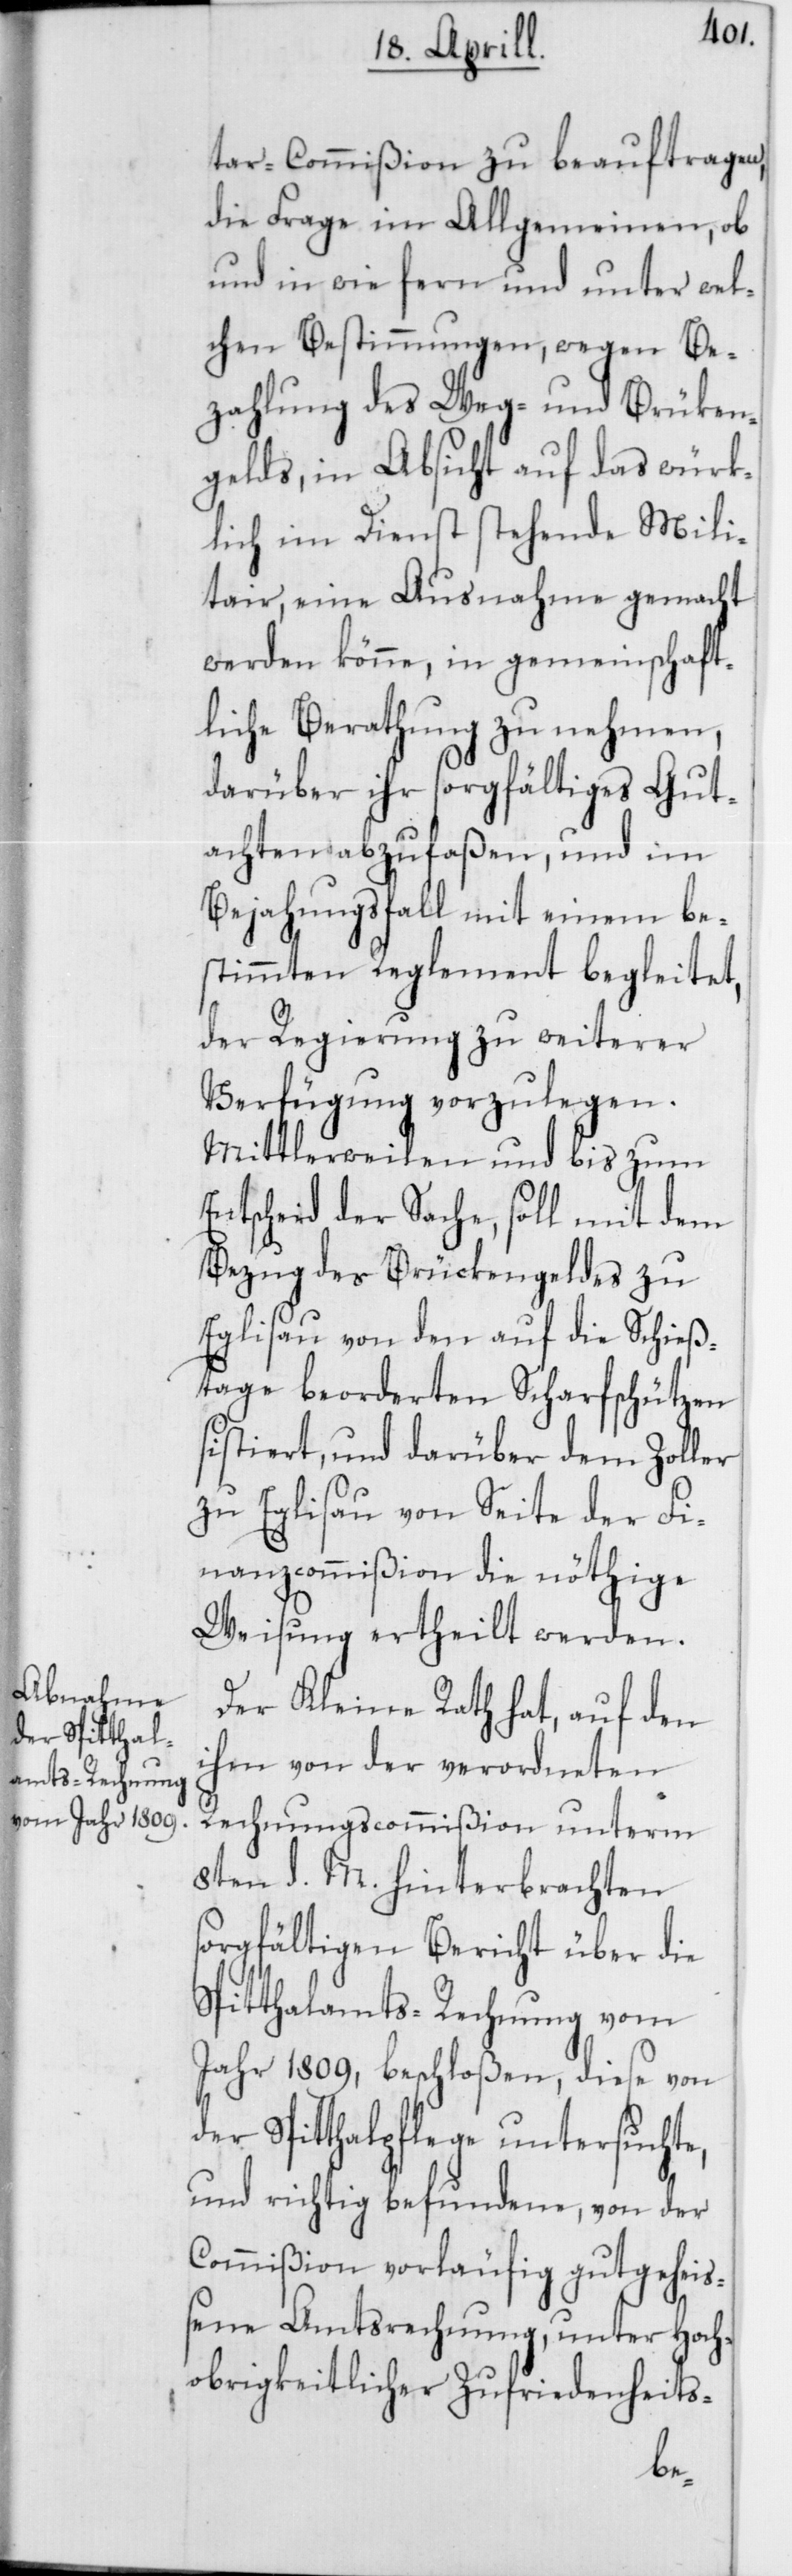
tar-Commißion zu beauftragen,
die Frage im Allgemeinen, ob
und in wie fern und unter wel¬
chen Bestimmungen, wegen Be¬
zahlung des Weg- und Brücken¬
gelds, in Absicht auf das würk¬
lich im Dienst stehende Mili¬
tair, eine Ausnahme gemacht
werden könne, in gemeinschaft¬
liche Berathung zu nehmen,
darüber ihr sorgfältiges Gut¬
achten abzufaßen, und im
Bejahungsfall mit einem be¬
stimmten Reglement begleitet,
der Regierung zu weiterer
Verfügung vorzulegen.
Mittlerweilen und bis zum
Entscheid der Sache, soll mit dem
Bezug des Brückengeldes zu
Eglisau von den auf die Schieß¬
tage beordereten Scharfschützen
sistiert, und darüber dem Zoller
zu Eglisau von Seite der Fi¬
nanzcommißion die nöthige
Weisung ertheilt werden.
Der Kleine Rath hat, auf den
ihm von der verordneten
Rechnungscommißion unterm
8ten d. M. hinterbrachten
sorgfältigen Bericht über die
Spitthalamts-Rechnung vom
Jahr 1809, beschloßen, diese von
der Spitthalpflege untersuchte,
und richtig befundene, von der
Commißion vorläufig gutgehei¬
ßene Amtsrechnung, unter Hoch¬
obrigkeitlicher Zufriedenheits-